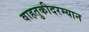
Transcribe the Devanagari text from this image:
वाहतुकीदरम्यान